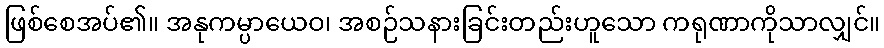
ဖြစ်စေအပ်၏။ အနုကမ္ပာယေဝ၊ အစဉ်သနားခြင်းတည်းဟူသော ကရုဏာကိုသာလျှင်။